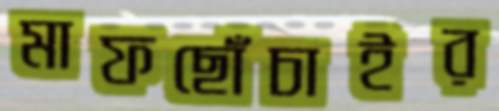
মাফছোঁচাইর